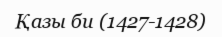
Қазы би (1427-1428)